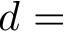
d =